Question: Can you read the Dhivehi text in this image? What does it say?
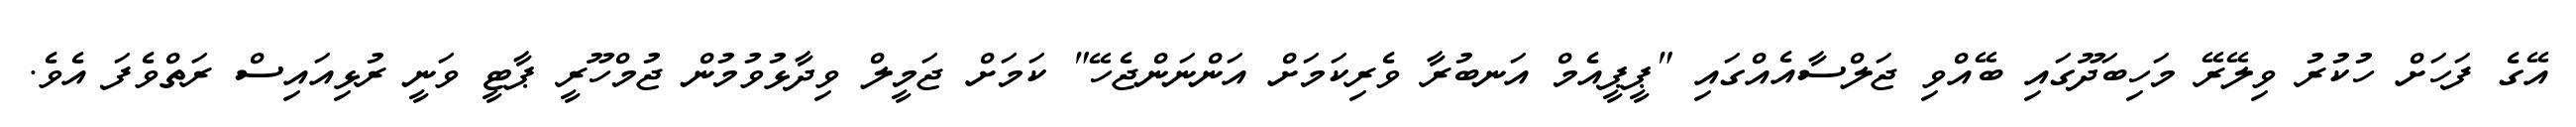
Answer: އޭގެ ފަހަށް ހުކުރު ވިލޭރޭ މަހިބަދޫގައި ބޭއްވި ޖަލްސާއެއްގައި "ޕީޕީއެމް އަނބުރާ ވެރިކަމަށް އަންނަންޖެހޭ" ކަމަށް ޖަމީލް ވިދާޅުވުމުން ޖުމްހޫރީ ޕާޓީ ވަނީ ރުޅިއައިސް ރަތްވެފަ އެވެ.